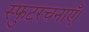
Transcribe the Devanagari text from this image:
स्फुटरचनाएँ।